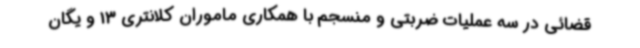
قضائی در سه عملیات ضربتی و منسجم با همکاری ماموران کلانتری 13 و یگان